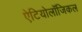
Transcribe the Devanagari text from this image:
ऐटियोलॉजिकल